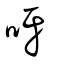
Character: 呀